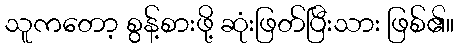
သူကတော့ စွန့်စားဖို့ ဆုံးဖြတ်ပြီးသား ဖြစ်၏။